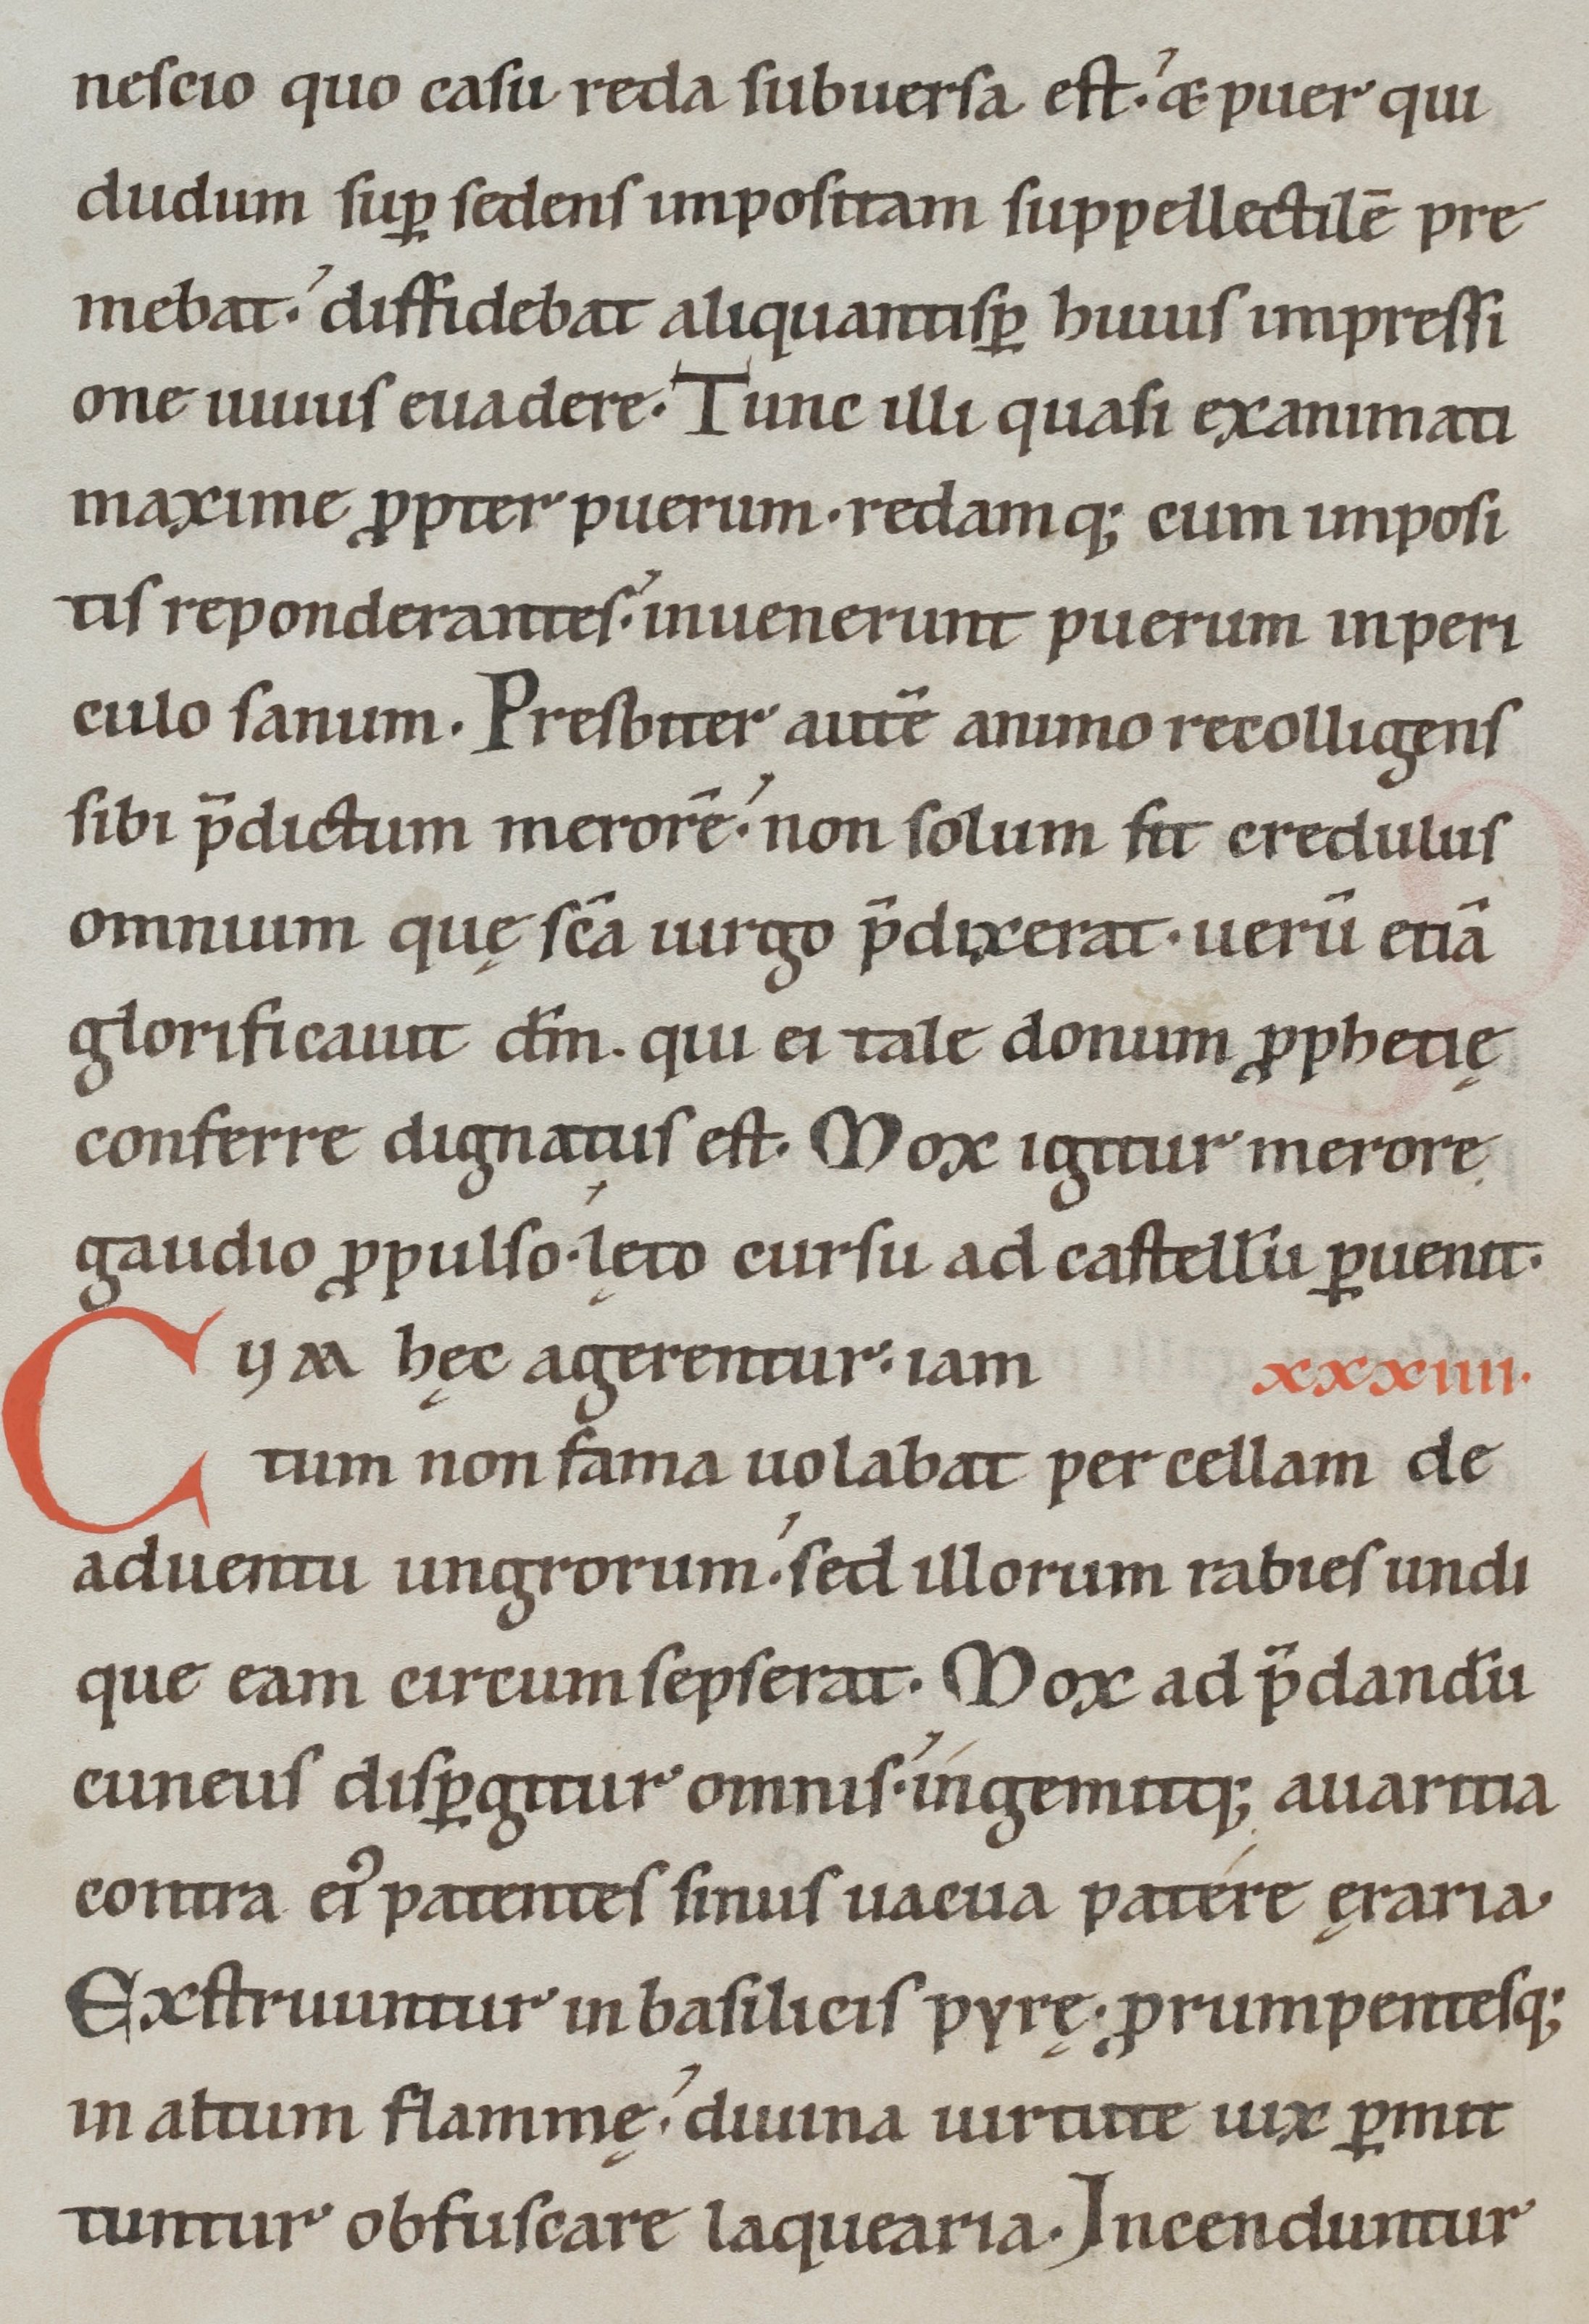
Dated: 1100–1199